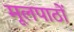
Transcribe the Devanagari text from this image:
मूलपाठों